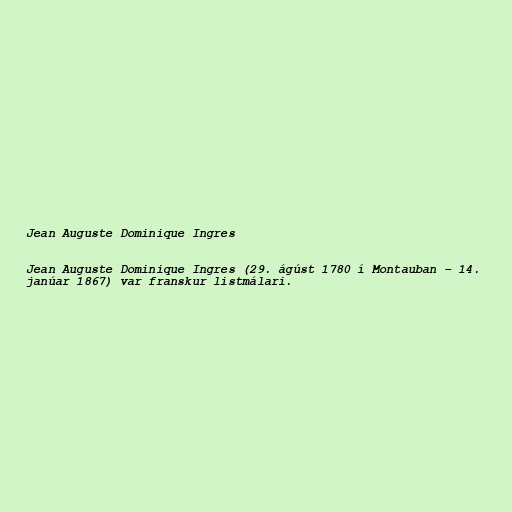
Jean Auguste Dominique Ingres

Jean Auguste Dominique Ingres (29. ágúst 1780 í Montauban – 14.
janúar 1867) var franskur listmálari.